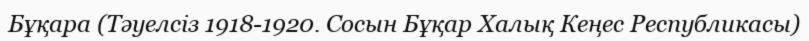
Бұқара (Тәуелсіз 1918-1920. Сосын Бұқар Халық Кеңес Республикасы)